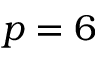
p = 6